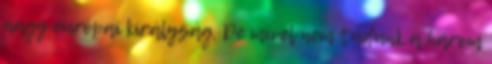
nagy európai királyság. De mivel nem tudunk a három